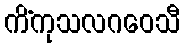
ကိံကုသလဂဝေသီ